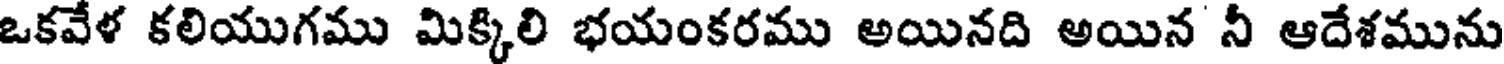
ఒకవేళ కలియుగము మిక్కిలి భయంకరము అయినది అయిన నీ ఆదేశమును